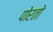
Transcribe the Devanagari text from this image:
पोरतो